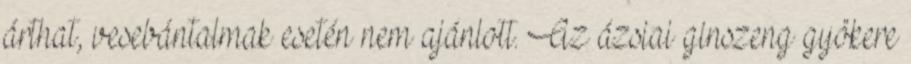
árthat, vesebántalmak esetén nem ajánlott. Az ázsiai ginszeng gyökere